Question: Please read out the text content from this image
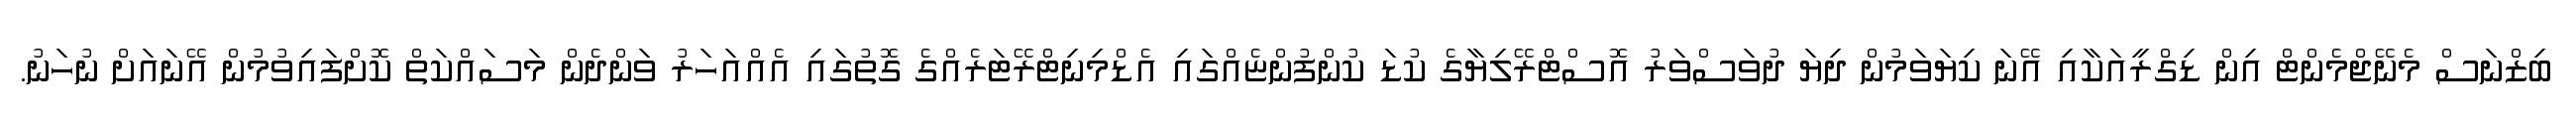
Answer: ބިޒްނަސް މެނޭޖްމެންޓް އިން ޑިގްރީއަކާއި އޭނަ ކިޔަވަމުން ދިޔަ ދުވަސްވަރު އޮސްޓްރޭލިޔާގެ ކުޑަ ކުންފުންޏެއްގައި އެޑްމިނިޓްރޭޓަރެއްގެ ގޮތުގައި އެއްއަހަރު ވަންދެން މަސައްކަތް ކޮށްފައިވުމުން އޭނައަށް ނުހަނު.